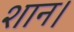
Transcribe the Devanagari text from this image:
शान।